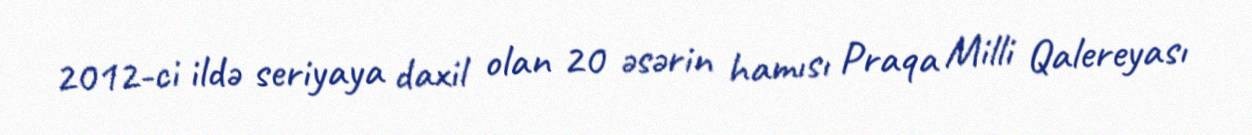
2012-ci ildə seriyaya daxil olan 20 əsərin hamısı Praqa Milli Qalereyası